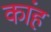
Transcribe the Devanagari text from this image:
कांह